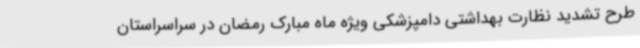
طرح تشدید نظارت بهداشتی دامپزشکی ویژه ماه مبارک رمضان در سراسراستان